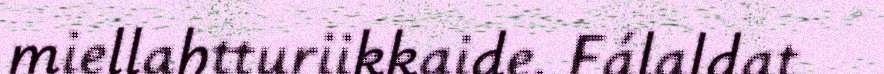
miellahtturiikkaide. Fálaldat